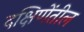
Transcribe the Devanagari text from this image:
दक्षिणेंतील